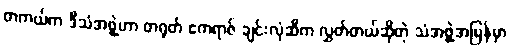
တကယ်က ဒီသံအဖွဲ့ဟာ တရုတ် ဧကရာဇ် ချင်းလုံဆီက လွှတ်တယ်ဆိုတဲ့ သံအဖွဲ့အပြန်မှာ